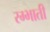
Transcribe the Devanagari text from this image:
रम्भाती